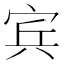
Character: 宾